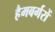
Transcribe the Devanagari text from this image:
हैमबर्गरों